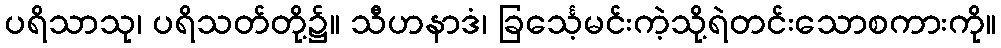
ပရိသာသု၊ ပရိသတ်တို့၌။ သီဟနာဒံ၊ ခြင်္သေ့မင်းကဲ့သို့ရဲတင်းသောစကားကို။